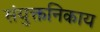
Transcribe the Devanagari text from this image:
संयुक्तनिकाय